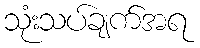
သုံးသပ်ချက်အရ